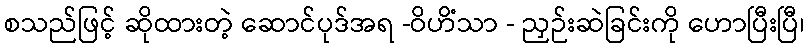
စသည်ဖြင့် ဆိုထားတဲ့ ဆောင်ပုဒ်အရ -ဝိဟိံသာ - ညှဉ်းဆဲခြင်းကို ဟောပြီးပြီ၊